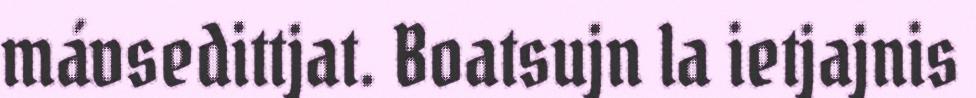
mávsedittjat. Boatsujn la ietjajnis